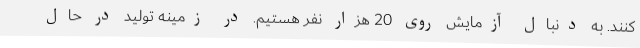
کنند. به دنبال آزمایش روی 20 هزار نفر هستیم. در زمینه تولید در حال